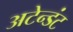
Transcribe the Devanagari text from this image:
अटेन्डंट